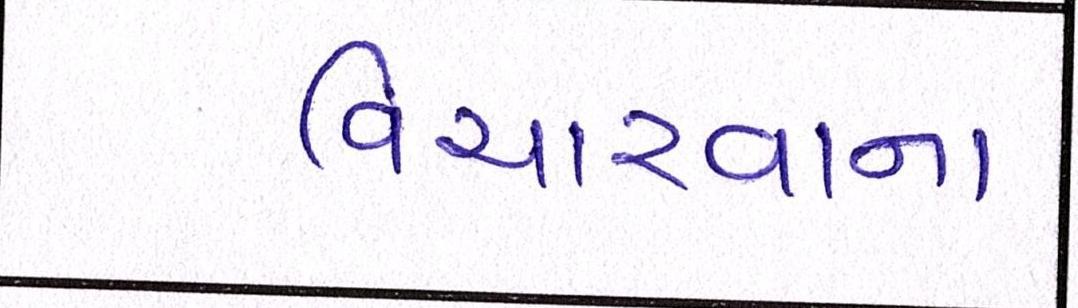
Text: વિચારવાના